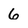
Character: 6